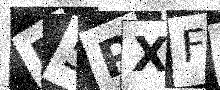
Text: F5PXF5